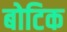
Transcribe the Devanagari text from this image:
बोटिक